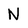
Character: N